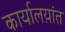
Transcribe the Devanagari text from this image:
कार्यालय़ांत